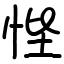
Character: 悂